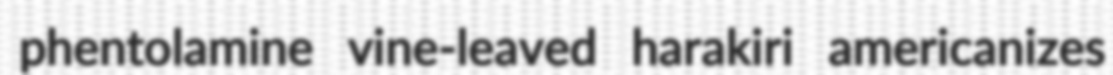
phentolamine vine-leaved harakiri americanizes